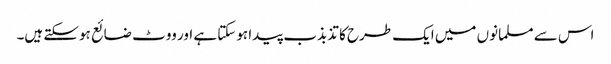
اس سے مسلمانوں میں ایک طرح کا تذبذب پیدا ہوسکتا ہے اور ووٹ ضائع ہوسکتے ہیں۔